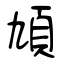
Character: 頄